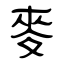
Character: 麥